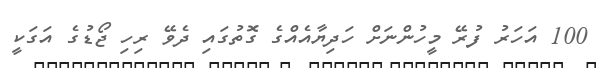
100 އަހަރު ފުރޭ މީހުންނަށް ހަދިޔާއެއްގެ ގޮތުގައި ދެވޭ ރިހި ޖޯޑުގެ އަގަކީ